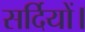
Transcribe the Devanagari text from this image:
सर्दियों।